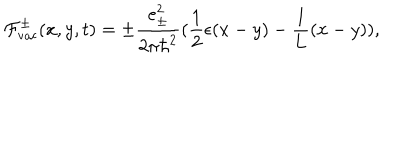
{ \cal F } _ { \mathrm { v a c } } ^ { \pm } ( x , y , t ) = \pm \frac { e _ { \pm } ^ { 2 } } { 2 { \pi } { \hbar } ^ { 2 } } ( \frac { 1 } { 2 } \epsilon ( x - y ) - \frac { 1 } { 1 } { L } ( x - y ) ) ,